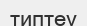
типтеу